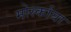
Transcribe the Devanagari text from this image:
मोर्स्काया